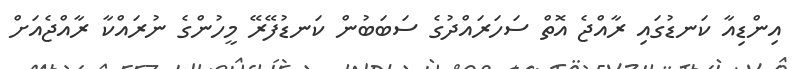
އިންޑިއާ ކަނޑުގައި ރާއްޖެ އޮތް ސަހަރައްދުގެ ސަބަބުން ކަނޑުފޭރޭ މީހުންގެ ނުރައްކާ ރާއްޖެއަށް